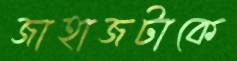
জাহাজটাকে